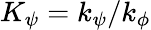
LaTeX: K_{\psi}=k_{\psi}/k_{\phi}